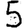
Digit: 5